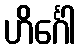
ဟိင်္ဂေါ